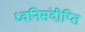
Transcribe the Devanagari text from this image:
ध्वनिसंदीप्ति